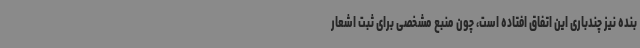
بنده نیز چندباری این اتفاق افتاده است، چون منبع مشخصی برای ثبت اشعار